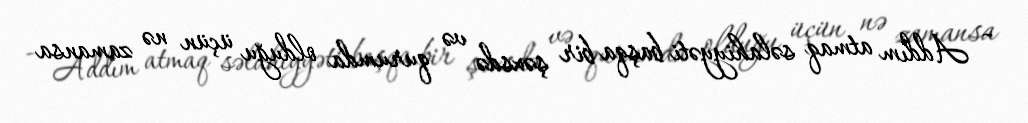
- Addım atmaq səlahiyyəti başqa bir şəxsdə və qurumda olduğu üçün nə zamansa